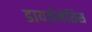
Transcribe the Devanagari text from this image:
डायजेनेसिस